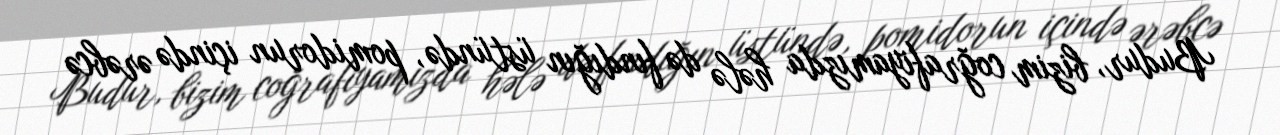
Budur, bizim coğrafiyamızda hələ də fındığın üstündə, pomidorun içində ərəbcə